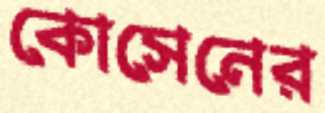
কোসেনের